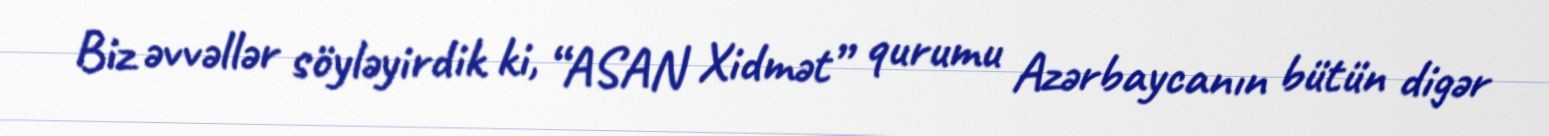
Biz əvvəllər söyləyirdik ki, “ASAN Xidmət” qurumu Azərbaycanın bütün digər